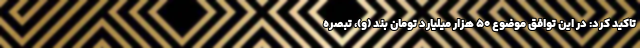
تاکید کرد: در این توافق موضوع ۵۰ هزار میلیارد تومان بند (و)، تبصره